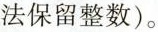
法保留整数）。